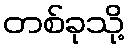
တစ်ခုသို့